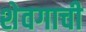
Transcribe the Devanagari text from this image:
शेवगाची